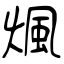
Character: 煈